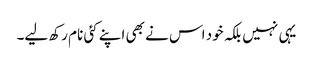
یہی نہیں بلکہ خود اس نے بھی اپنے کئی نام رکھ لیے۔